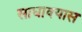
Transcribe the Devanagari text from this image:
साधावयास